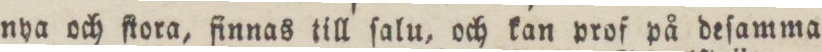
nya och ſtora, finnas till ſalu, och kan prof på deſamma